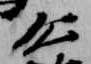
公